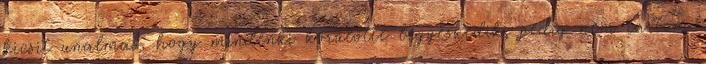
kicsit unalmas, hogy mindenki körülötte legyeskedik, pedig nem tartom